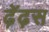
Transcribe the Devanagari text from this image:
ढ़ेंढ़स